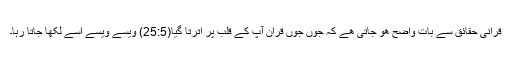
قرانی حقائق سے بات واضح ھو جاتی ھے کہ جوں جوں قران آپ کے قلب پر اترتا گیا(25:5) ویسے ویسے اسے لکھا جاتا رہا۔